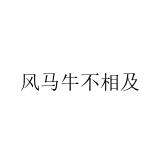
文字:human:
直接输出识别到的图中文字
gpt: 风马牛不相及